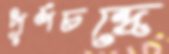
পূর্ণচন্দ্রে